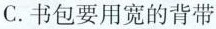
C.书包要用宽的背带